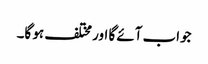
جواب آئے گا اور مختلف ہو گا۔